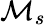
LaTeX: \mathcal{M}_{s}